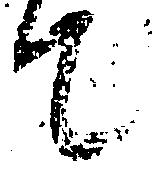
て